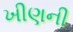
ખીણની